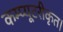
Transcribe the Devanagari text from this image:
कम्प्यूटरीकृत।